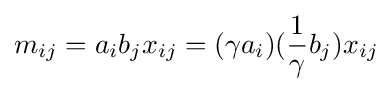
m_{ij}=a_{i}b_{j}x_{ij}=(\gamma a_{i})({\frac {1}{\gamma }}b_{j})x_{ij}